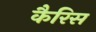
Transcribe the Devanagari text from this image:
कैरिस